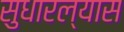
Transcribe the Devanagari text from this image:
सुधारल्यास